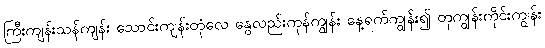
ကြီးကျန်းသန်ကျန်း သောင်းကျန်းတုံလေ နွေလည်းကုန်ကျွန်း နေ့ရက်ကျွန်း၍ တုကျွန်းကိုင်းကျွန်း